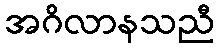
အဂိလာနသညီ